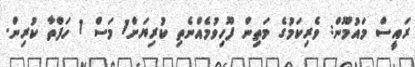
ރައީސް މައުމޫން: ވެރިކަމުގެ މަތިން ފޫހިވުމެއްނެތި ކުރިޔަށް1 މަސް 1 ހަފްތާ ކުރިން.